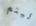
ليتم